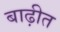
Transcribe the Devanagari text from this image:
बाढ़ीत